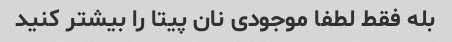
بله فقط لطفا موجودی نان پیتا را بیشتر کنید